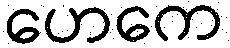
ဟေကေ